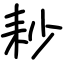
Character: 耖